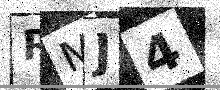
Text: RMJ4